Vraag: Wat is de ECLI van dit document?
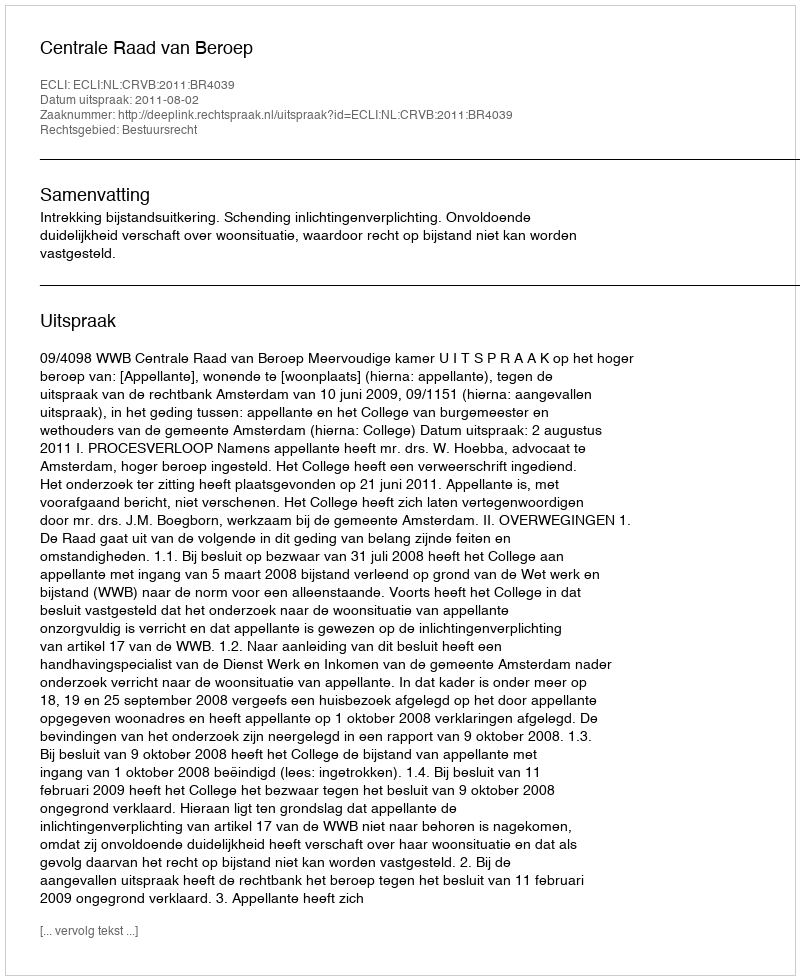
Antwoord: ECLI:NL:CRVB:2011:BR4039